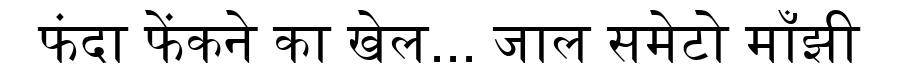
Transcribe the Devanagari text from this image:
फंदा फेंकने का खेल... जाल समेटो माँझी